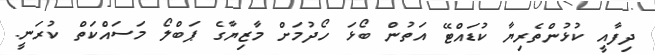
ދިފާއީ ކުޅުންތެރިޔާ ކުޑައްޓޭ އަތުން ބޯޅަ ހޯދުމަށް މާޒިޔާގެ ޕަބްލޯ މަސައްކަތް ކުރަނީ.